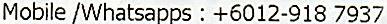
MOBILE /WHATSAPPS : +6012-918 7937